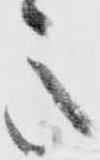
意